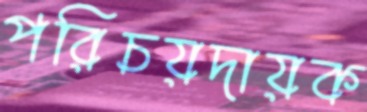
পরিচয়দায়ক